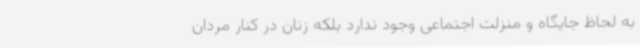
به لحاظ جایگاه و منزلت اجتماعی وجود ندارد بلکه زنان در کنار مردان